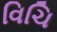
વિચિ